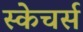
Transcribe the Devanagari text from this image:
स्केचर्स